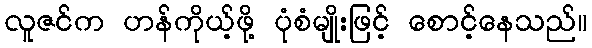
လူဇင်က ဟန်ကိုယ့်ဖို့ ပုံစံမျိုးဖြင့် စောင့်နေသည်။